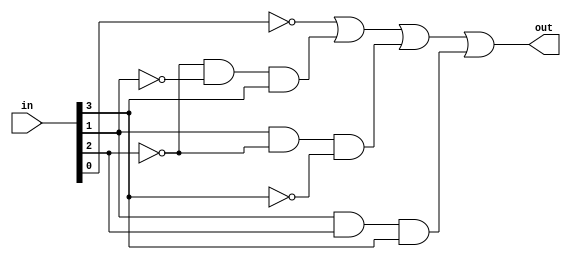
module MultiplesDetector_G(in, out);

    parameter n=4;

    input [n-1:0]in;
    output out;

    wire and0, and1, and2;
    wire not_a, not_b, not_c, not_d;

    not not_gate0(not_a, in[3]);
    not not_gate1(not_b, in[2]);
    not not_gate2(not_c, in[1]);
    not not_gate3(not_d, in[0]);

    and and_gate1(and0, not_b, not_c, in[3]);
    and and_gate2(and1, in[1], not_b, not_a);
    and and_gate3(and2, in[1], in[2], in[3]);

    or or_gate(out, not_d, and0, and1, and2);
endmodule

module MultiplesDetector_D(in, out);
    parameter n=4;

    input [n-1:0] in;
    output out;
    
    assign out = !in[0]
                 | (!in[1] & !in[2] & in[3])
                 | (in[1] & !in[2] & !in[3])
                 | (in[1] & in[2] & in[3]);
endmodule

module MultiplesDetector_B(in, out);
    parameter n=4;

    input [n-1:0] in;
    output out;
    reg out;

    always @(*) begin
        case(in)
            0, 2, 3, 4, 6, 8, 9, 10, 12, 14, 15:begin
                out = 1'b1;
            end
            default :begin
                out = 1'b0;
            end
        endcase
    end
endmodule